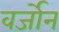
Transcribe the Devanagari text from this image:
वर्जोन